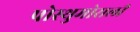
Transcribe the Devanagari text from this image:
पोस्थुमोसली